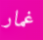
غمار